Leprosy in India: report of the Leprosy Commission in India, 1890-91
Year: 1890
Disease focus: Leprosy
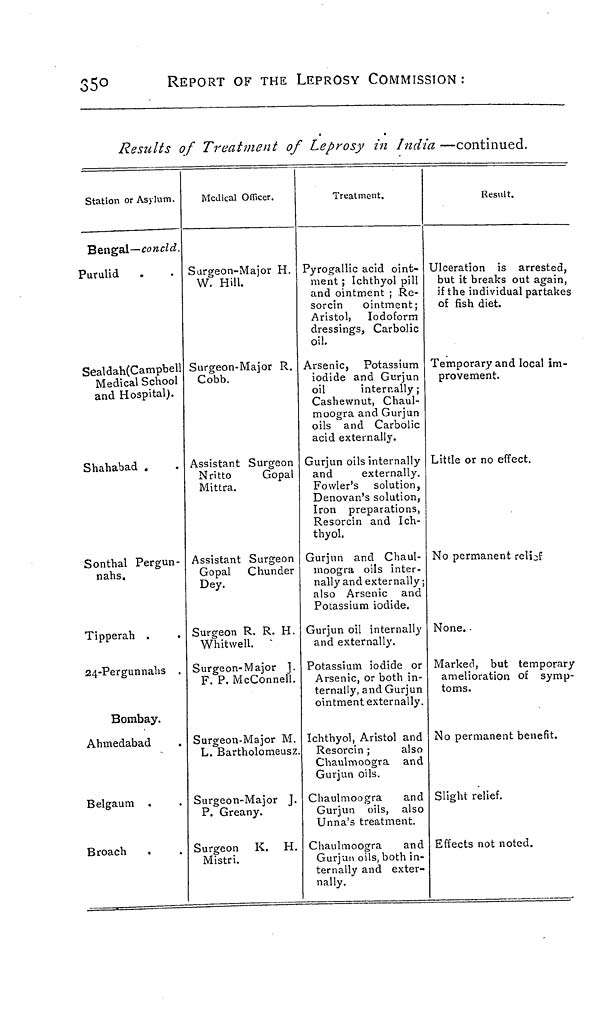
35°
REPORT OF THE LEPROSY COMMISSION :
Results of Treatment of Leprosy in India —continued.
Station or Asylum.
Bengal—concld.
Purulid
Sealdah(Campbell
Medical School
and Hospital).
Shahabad
Sonthal Pergun-
nahs.
Tipperah .
24-Pergunnahs .
Bombay.
Ahmedabad
Belgaum
Broach
Medical Officer.
Surgeon-Major H.
W. Hill.
Surgeon-Major R.
Cobb.
Assistant Surgeon
Nritto
Gopal
Mittra.
Assistant Surgeon
Gopal Chunder
Dey.
Surgeon R. R. H.
Whitwell
Surgeon-Major J.
F. P. McConnell.
Surgeon-Major M.
L. Bartholomeusz.
Surgeon-Major J.
P. Greany.
Surgeon K. H.
Mistri.
Treatment
Pyrogallic acid oint-
ment ; Ichthyol pill
and ointment ; Re-
sorcin
ointment;
Aristol, Iodoform
dressings, Carbolic
oil.
Arsenic, Potassium
iodide and Gurjun
oil
internally ;
Cashewnut, Chaul-
moogra and Gurjun
oils and Carbolic
acid externally.
Gurjun oils internally
and
externally.
Fowler's solution,
Denovan's solution,
Iron preparations,
Resorcin and Ich-
thyol.
Gurjun and Chaul-
moogra oils inter-
nally and externally ;
also Arsenic and
Potassium iodide.
Gurjun oil internally
and externally.
Potassium iodide or
Arsenic, or both in-
ternally, and Gurjun
ointment externally.
Ichthyol, Aristol and
Resorcin ;
also
Chaulmoogra and
Gurjun oils.
Chaulmoogra
and
Gurjun oils, also
Unna's treatment.
Chaulmoogra
and
Gurjun oils, both in-
ternally and exter-
nally.
Result.
Ulceration is arrested.
but it breaks out again
if the individual partake
of fish diet.
Temporary and local im-
provement.
Little or no effect.
No permanent relief
None..
Marked, but temporary
amelioration of symp
toms.
No permanent benefit.
Slight relief.
Effects not noted.